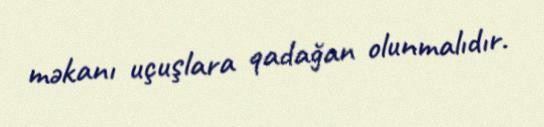
məkanı uçuşlara qadağan olunmalıdır.